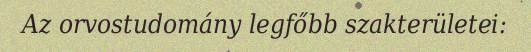
Az orvostudomány legfőbb szakterületei: